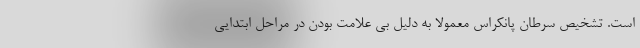
است. تشخیص سرطان پانکراس معمولا به دلیل بی علامت بودن در مراحل ابتدایی